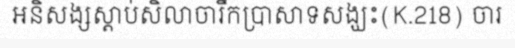
អនិសង្សស្តាប់សិលាចារឹកប្រាសាទសង្ឃះ(K.218) ចារ